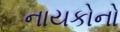
નાયકોનો